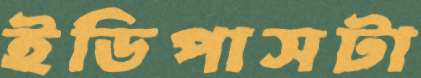
ইডিপাসটা